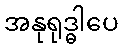
အနုရုဒ္ဓါပေ